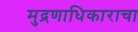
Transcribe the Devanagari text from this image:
मुद्रणाधिकाराचा